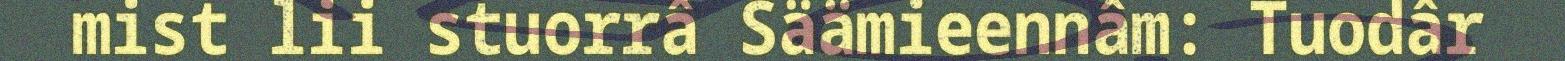
mist lii stuorrâ Säämieennâm: Tuodâr